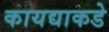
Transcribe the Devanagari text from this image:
कायद्याकडे